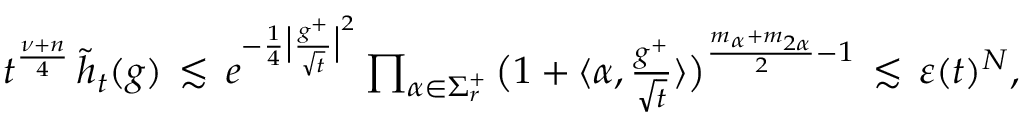
\begin{array} { r } { t ^ { \frac { \nu + n } { 4 } } \, \widetilde { h } _ { t } ( g ) \, \lesssim \, e ^ { - \frac { 1 } { 4 } \big | \frac { g ^ { + } } { \sqrt { t } } \big | ^ { 2 } } \prod _ { \alpha \in \Sigma _ { r } ^ { + } } \big ( 1 + \langle { \alpha , \frac { g ^ { + } } { \sqrt { t } } } \rangle \big ) ^ { \frac { m _ { \alpha } + m _ { 2 \alpha } } { 2 } - 1 } \, \lesssim \, \varepsilon ( t ) ^ { N } , } \end{array}